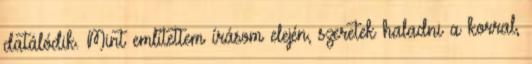
datálódik. Mint említettem írásom elején, szeretek haladni a korral,